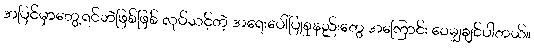
အပြင်မှာတွေ့ရင်ဘဲဖြစ်ဖြစ် လုပ်သင့်တဲ့ အရေးပေါ်ပြုစုနည်းတွေ အကြောင်း ဝေမျှချင်ပါတယ်။